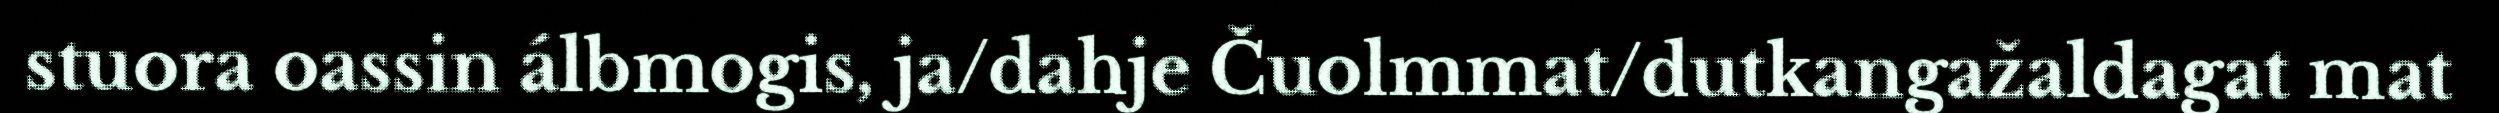
stuora oassin álbmogis, ja/dahje Čuolmmat/dutkangažaldagat mat